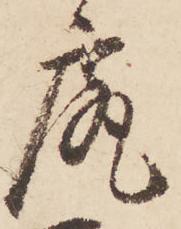
尻